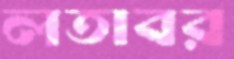
লতাবর